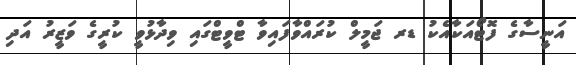
އަނީސާގެ ފޮޓޯއަކާއެކު ޑރ ޖަމީލް ކުރައްވާފައިވާ ޓްވީޓްގައި ވިދާޅުވީ ކުރީގެ ވަޒީރު އަދި